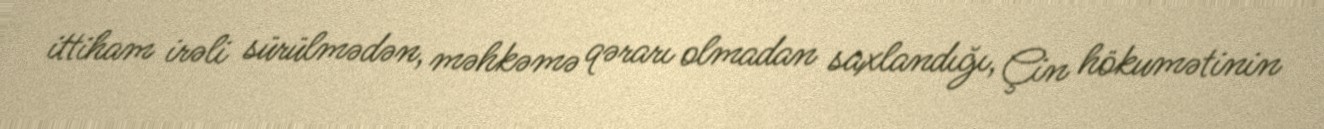
ittiham irəli sürülmədən, məhkəmə qərarı olmadan saxlandığı, Çin hökumətinin